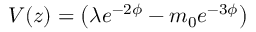
V ( z ) = \left( \lambda e ^ { - 2 \phi } - m _ { 0 } e ^ { - 3 \phi } \right)